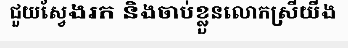
ជួយស្វែងរក និងចាប់ខ្លួនលោកស្រីយីង